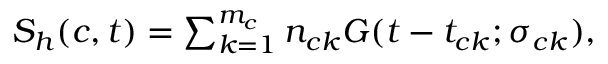
\begin{array} { r } { S _ { h } ( c , t ) = \sum _ { k = 1 } ^ { m _ { c } } n _ { c k } G ( t - t _ { c k } ; \sigma _ { c k } ) , } \end{array}